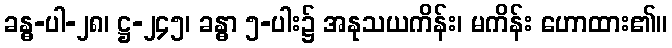
ခန္ဓ-ပါ-၂၈၊ ဋ္ဌ-၂၄၅၊ ခန္ဓာ ၅-ပါး၌ အနုသယကိန်း၊ မကိန်း ဟောထား၏။